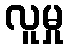
လူမှု